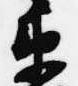
衛